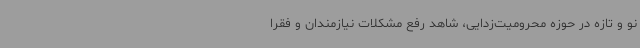
نو و تازه در حوزه محرومیت‌زدایی، شاهد رفع مشکلات نیازمندان و فقرا